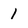
Character: 1